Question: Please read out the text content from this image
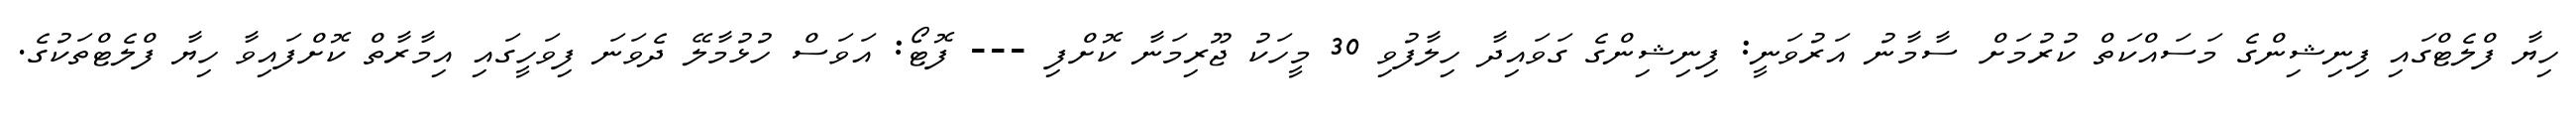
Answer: ހިޔާ ފްލެޓްގައި ފިނިޝިންގެ މަސައްކަތް ކުރުމަށް ސާމާނު އަރުވަނީ: ފިނިޝިންގެ ގަވައިދާ ހިލާފުވި 30 މީހަކު ޖޫރިމަނާ ކޮށްފި --- ފޮޓޯ: އަވަސް ހުޅުމާލޭ ދެވަނަ ފިވަހީގައި އިމާރާތް ކޮށްފައިވާ ހިޔާ ފްލެޓްތަކުގެ.